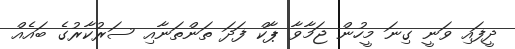
ދީފައި ވަނީ ގިނަ މީހުން ޖަމާވާ ޕާކް ފަދަ ތަންތަނާއި ސަރުކާރުގެ ބައެއް